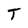
Character: T